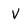
Character: v